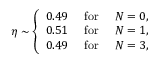
\eta \sim \left\{ \begin{array} { c c c } { { 0 . 4 9 } } & { { \mathrm { ~ f o r ~ } } } & { { N = 0 , } } \\ { { 0 . 5 1 } } & { { \mathrm { ~ f o r ~ } } } & { { N = 1 , } } \\ { { 0 . 4 9 } } & { { \mathrm { ~ f o r ~ } } } & { { N = 3 , } } \end{array} \right.